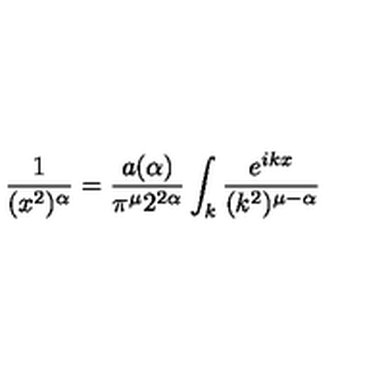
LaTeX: \frac { 1 } { ( x ^ { 2 } ) ^ { \alpha } } = \frac { a ( \alpha ) } { \pi ^ { \mu } 2 ^ { 2 \alpha } } \int _ { k } \frac { e ^ { i k x } } { ( k ^ { 2 } ) ^ { \mu - \alpha } }